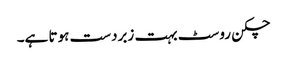
چکن روسٹ بہت زبردست ہوتا ہے۔